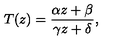
T ( z ) = { \frac { \alpha z + \beta } { \gamma z + \delta } } ,